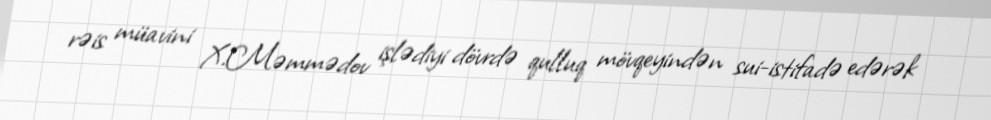
rəis müavini X.Məmmədov işlədiyi dövrdə qulluq mövqeyindən sui-istifadə edərək